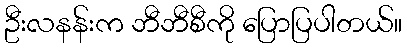
ဦးလနန်းက ဘီဘီစီကို ပြောပြပါတယ်။